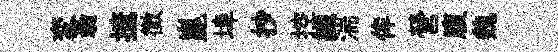
変蓊摭徵崑埠抄控織湍侔營腹魏